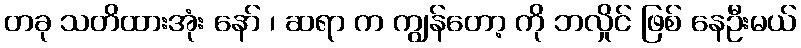
တခု သတိထားအုံး နော် ၊ ဆရာ က ကျွန်တော့ ကို ဘလှိုင် ဖြစ် နေဦးမယ်